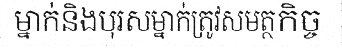
ម្នាក់និងបុរសម្នាក់ត្រូវសមត្ថកិច្ច